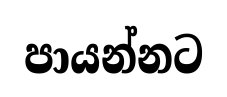
පායන්නට